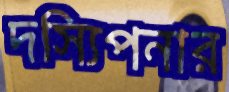
দস্যিপনার